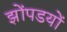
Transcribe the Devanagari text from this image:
झोंपडयों